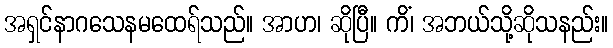
အရှင်နာဂသေနမထေရ်သည်။ အာဟ၊ ဆိုပြီ။ ကိံ၊ အဘယ်သို့ဆိုသနည်း။